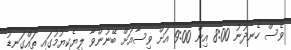
ވެސް ހެނދުނު 8:00 އިން 9:00 އަށް ވިސާއަށް ބޭނުންވާ ލިޔެކިޔުމުގައި ތައްގަނޑު